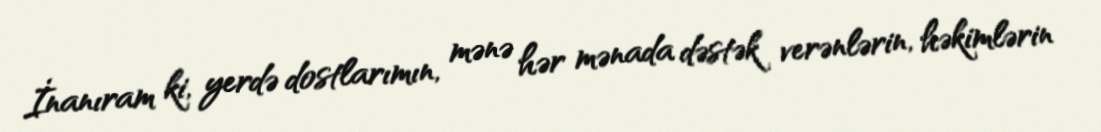
İnanıram ki, yerdə dostlarımın, mənə hər mənada dəstək verənlərin, həkimlərin